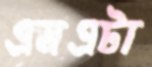
এমএটা